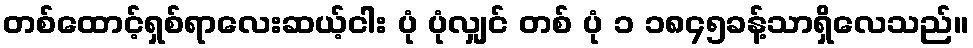
တစ်ထောင့်ရှစ်ရာလေးဆယ့်ငါး ပုံ ပုံလျှင် တစ် ပုံ ၁ ၁၈၄၅ခန့်သာရှိလေသည်။